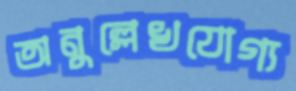
অনুল্লেখযোগ্য